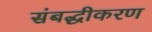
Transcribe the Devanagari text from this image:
संबद्धीकरण